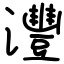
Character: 灃